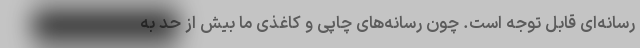
رسانه‌ای قابل توجه است. چون رسانه‌های چاپی و کاغذی ما بیش از حد به